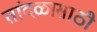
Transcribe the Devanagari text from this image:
तांदळासाठी